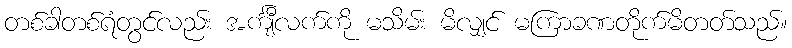
တစ်ခါတစ်ရံတွင်လည်း အင်္ကျီလက်ကို မသိမ်း မိလျှင် မကြာခဏတိုက်မိတတ်သည်။